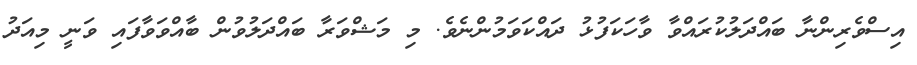
އިސްވެރިންނާ ބައްދަލުކުރައްވާ ވާހަކަފުޅު ދައްކަވަމުންނެވެ. މި މަޝްވަރާ ބައްދަލުވުން ބާއްވަވާފައި ވަނީ މިއަދު